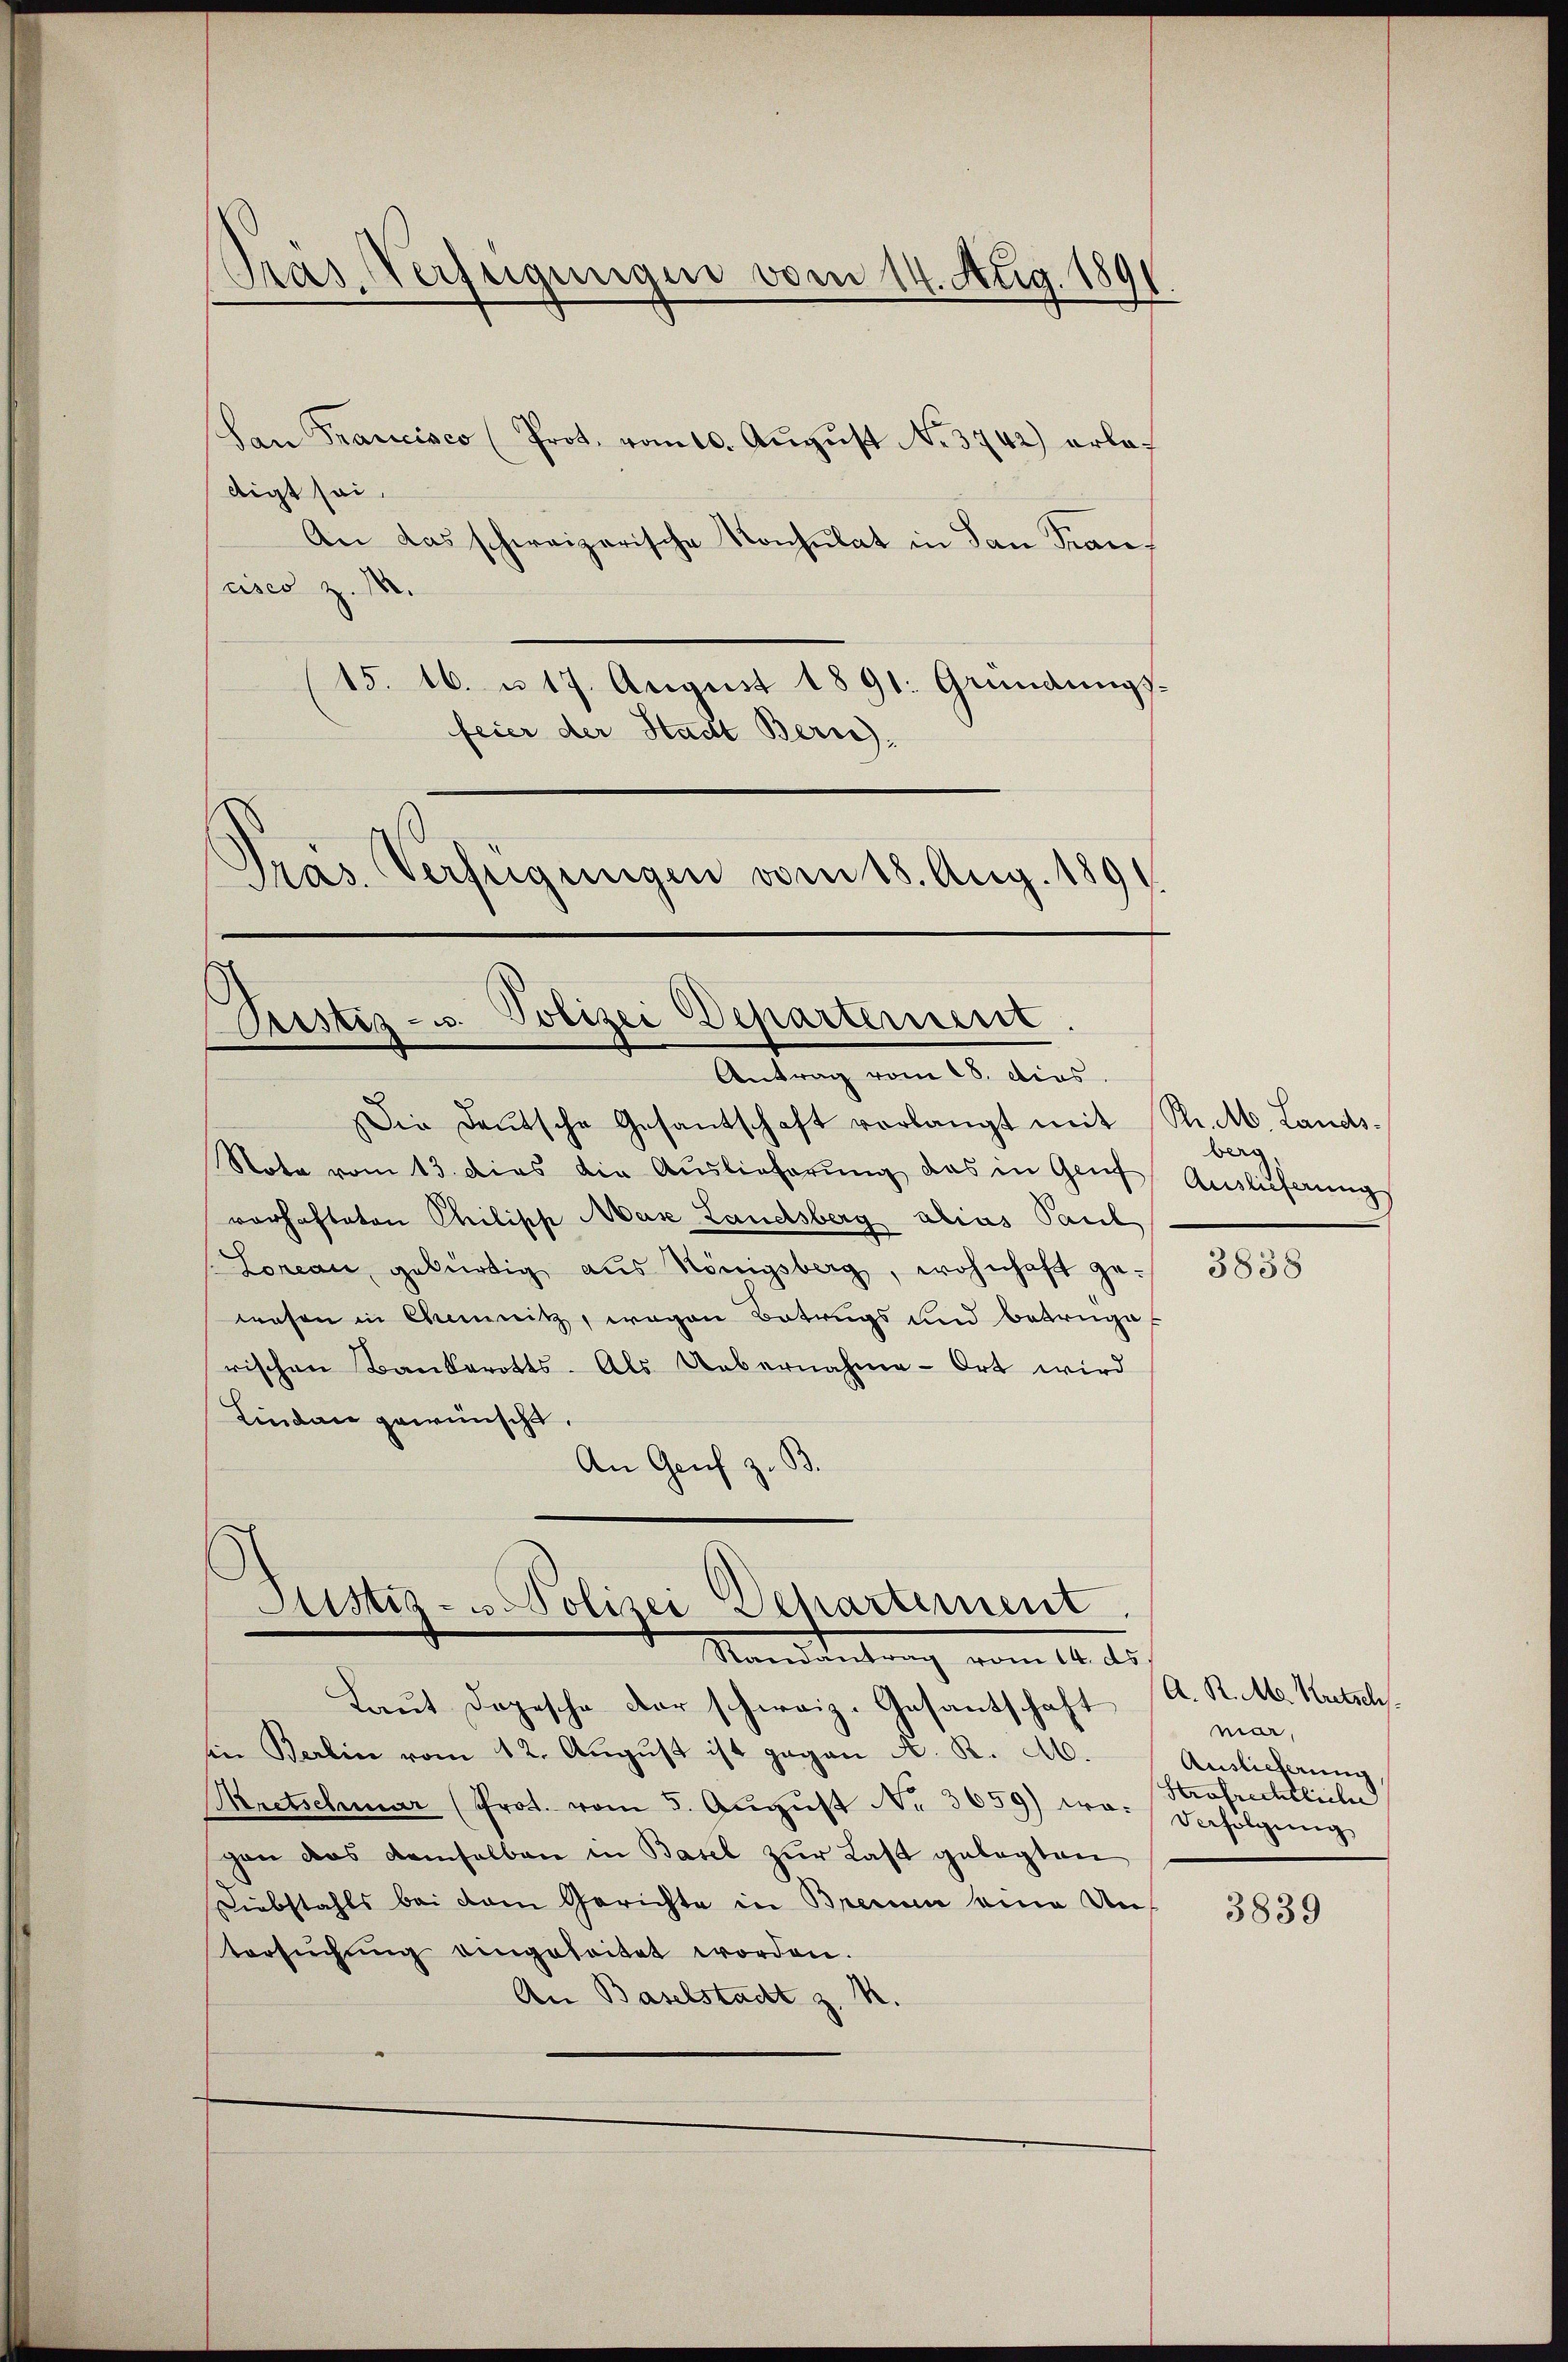
Pras. Verfügungen vom 14. Aug. 1891

San Francisco (Prot. vom 10. Aŭgŭst No. 3742) erlas
digt sei.
An das schweizerische Konsulat in den Stancises z. M.
(15. 16. u. 17. August 1891. Gründungs-
feier der Stadt Bern):
Pras. Verfügungen vom 18. Aug. 189

Justiz- u. Polizei Departement.
Antrag vom 18. dies

Die Deutsche Gesantschaft verlangt mit
Note vom 13. dies die Auslieferung das in Gruf
vorhafteten Chilipp Max Landsberg alias Paul
Loneau, gebürtig aus Königsberg, wohnhaft gewesen in Chemnitz, wegen Betrugs und betrüge
rischen Bauberotts. Als Uebernahme Ort wird
Lindau gewünscht.
An Genf zu

Justiz- u Polizei Departement.
Mandatentung vom 14. d.

Laŭt Dogesche der schweiz. Gesantschaft
in Berlin vom 12. August ist gegen A. R. M.
Mretschmar (Prot. vom 5. Aŭgŭst No. 3659) wo- Befolgŭng
gan das demselben in Basel zur Last gelegten
Diebstahls bei dem Gerichte in Bremen seine Un-
tersŭchŭng eingeheitet worden.
An Baselstadt z. R.

Kr. M. Landsberg
Auslieferung

3838

A. R. M. Kretzels
mar,
Auslieferung
Hrafrechtliche

3839